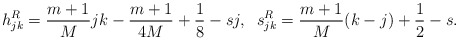
\begin{align*}h^{R}_{jk} = \frac{m+1}{M}jk - \frac{m+1}{4M}+\frac{1}{8}-sj,\;\;s^{R}_{jk} = \frac{m+1}{M} (k-j) + \frac{1}{2}-s.\end{align*}